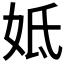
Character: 𡛜